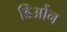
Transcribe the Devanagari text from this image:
डिओंन